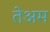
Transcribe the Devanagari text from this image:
तेअम